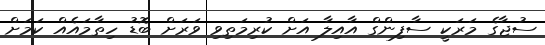
ސުޖާގެ މަރަކީ ސާފިންގް އާއިލާ އަށް ކުރިމަތިވި ވަރަށް ބޮޑު ހިތާމައެއް ކަމަށް